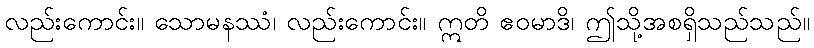
လည်းကောင်း။ သောမနဿံ၊ လည်းကောင်း။ ဣတိ ဧဝမာဒိ၊ ဤသို့အစရှိသည်သည်။